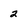
Character: 2